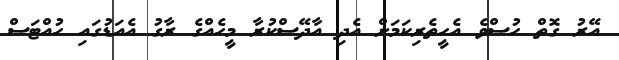
އޭރު ގޮތް ހުސްވެ އެހީތެރިކަމަށް އެދި އާދޭސްކުރާ މީހެއްގެ ރާގު އެއަޑުގައި ހުއްޓަސް